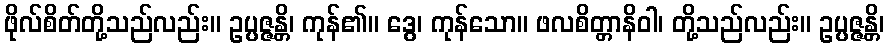
ဖိုလ်စိတ်တို့သည်လည်း။ ဥပ္ပဇ္ဇန္တိ၊ ကုန်၏။ ဒွေ၊ ကုန်သော။ ဖလစိတ္တာနိဝါ၊ တို့သည်လည်း။ ဥပ္ပဇ္ဇန္တိ၊